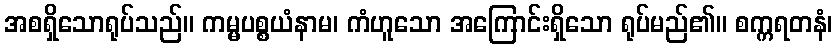
အစရှိသောရုပ်သည်။ ကမ္မပစ္စယံနာမ၊ ကံဟူသော အကြောင်းရှိသော ရုပ်မည်၏။ စက္ကရတနံ၊